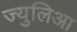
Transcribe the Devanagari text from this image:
ज्युलिआ